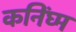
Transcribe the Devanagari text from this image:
कनिंघ्म